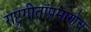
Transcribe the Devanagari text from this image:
राष्ट्रगीतांप्रमाणेच